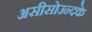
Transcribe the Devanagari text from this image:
असीसोउन्दके